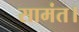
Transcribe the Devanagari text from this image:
सामंत।